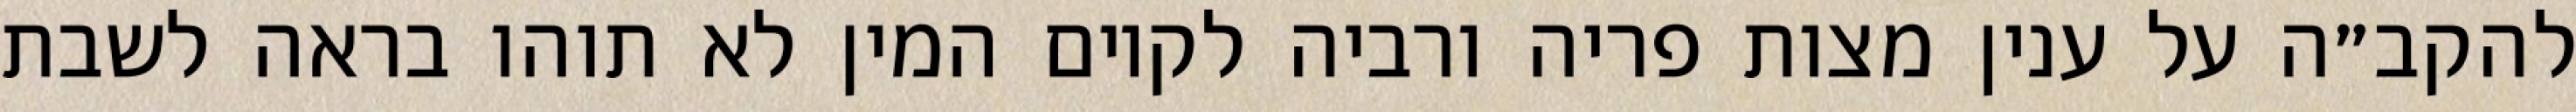
להקב״ה על ענין מצות פריה ורביה לקיום המין לא תוהו בראה לשבת